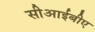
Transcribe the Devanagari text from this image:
सीआईबीए